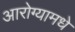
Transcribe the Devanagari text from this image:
आरोग्यामधे